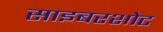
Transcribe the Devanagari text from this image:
साइबरशोट